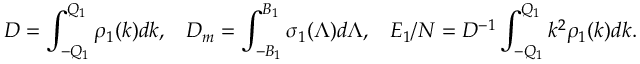
D = \int _ { - Q _ { 1 } } ^ { Q _ { 1 } } { \rho _ { 1 } ( k ) d k } , \; \; \; D _ { m } = \int _ { - B _ { 1 } } ^ { B _ { 1 } } { \sigma _ { 1 } ( \Lambda ) d \Lambda } , \; \; \; E _ { 1 } / N = D ^ { - 1 } \int _ { - Q _ { 1 } } ^ { Q _ { 1 } } { k ^ { 2 } \rho _ { 1 } ( k ) d k } .